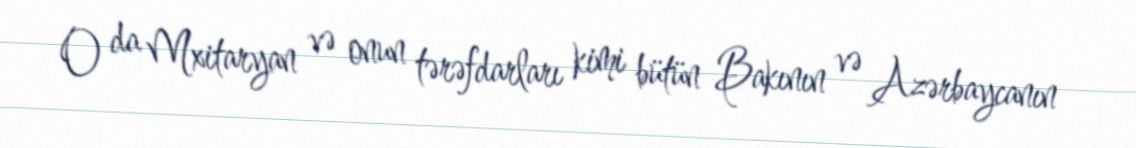
O da Mxitaryan və onun tərəfdarları kimi bütün Bakının və Azərbaycanın